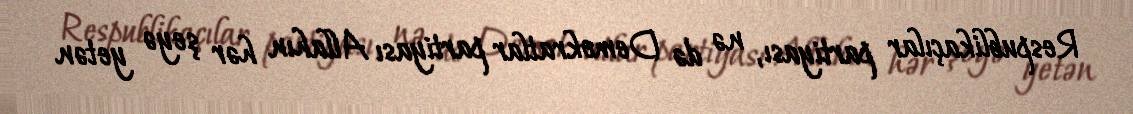
Respublikaçılar partiyası, nə də Demokratlar partiyası Allahın hər şeyə yetən